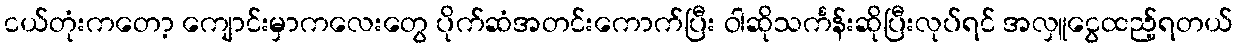
ငယ်တုံးကတော့ ကျောင်းမှာကလေးတွေ ပိုက်ဆံအတင်းကောက်ပြီး ဝါဆိုသင်္ကန်းဆိုပြီးလုပ်ရင် အလှူငွေထည့်ရတယ်